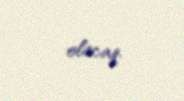
olacaq.